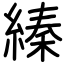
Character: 縥